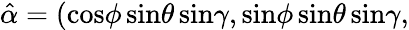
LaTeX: \hat{\alpha}=(\mathrm{cos}\phi\, \mathrm{sin}\theta\, \mathrm{sin}\gamma,\mathrm{sin}\phi\, \mathrm{sin}\theta\, \mathrm{sin}\gamma,